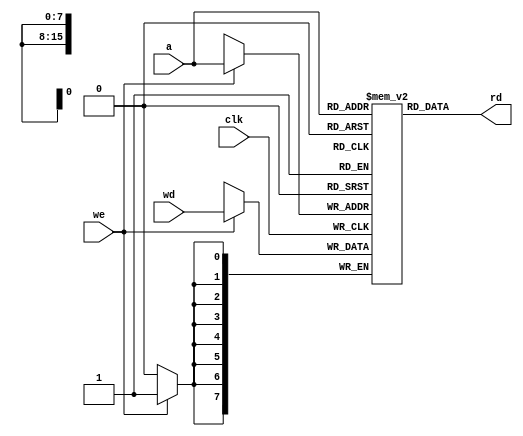
`timescale 1 ns / 1 ns

module dmem(input clk, we,
			input  [15:0]    a,
			input  [7:0]    wd,
			output [7:0]    rd);

reg  [7:0]	RAM[40000-1:0];

assign rd = RAM[a];

always @(posedge clk)
	if (we)
		RAM[a] <= wd;
endmodule

module big_dmem(input clk, we,
			input  [15:0]    a,
			input  [23:0]    wd,
			output [23:0]    rd);

reg  [23:0]	RAM[40000-1:0];

assign rd = RAM[a];

always @(posedge clk)
	if (we)
		RAM[a] <= wd;
endmodule